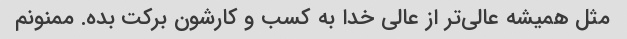
مثل همیشه عالی‌تر از عالی خدا به کسب و کارشون برکت بده. ممنونم